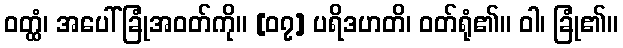
ဝတ္ထံ၊ အပေါ်ခြုံအဝတ်ကို။ [၀၇] ပရိဒဟတိ၊ ဝတ်ရုံ၏။ ဝါ၊ ခြုံ၏။